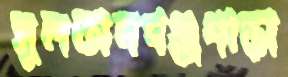
সুলতানগঞ্জপাড়া